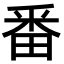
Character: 番